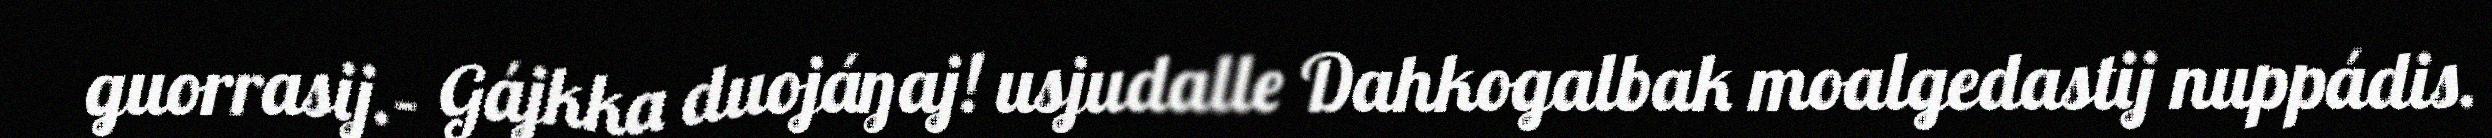
guorrasij.– Gájkka duojáŋaj! usjudalle Dahkogalbak moalgedastij nuppádis.